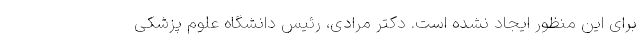
برای این منظور ایجاد نشده است. دکتر مرادی، رئیس دانشگاه علوم پزشکی